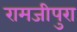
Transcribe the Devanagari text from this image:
रामजीपुरा